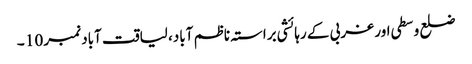
ضلع وسطی اور غربی کے رہائشی براستہ ناظم آباد، لیاقت آباد نمبر 10 ۔